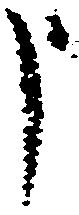
申